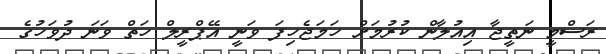
ރަސްމީ ނަތީޖާ އިއުލާން ކުރުމަށް ހަމަޖެހިފަ ވަނީ އޭޕްރީލް ހަތް ވަނަ ދުވަހުގެ